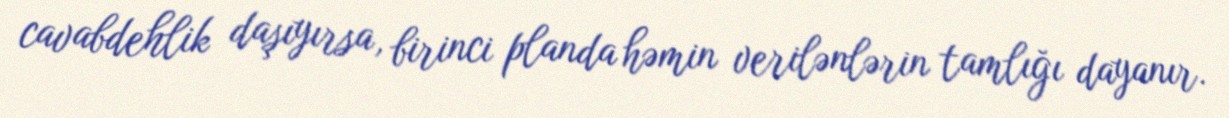
cavabdehlik daşıyırsa, birinci planda həmin verilənlərin tamlığı dayanır.